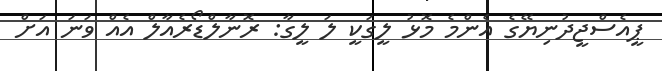
ޕީއެސްޖީދުނިޔޭގެ އެންމެ މޮޅު ލީގަކީ ލަ ލީގާ: ރޮނާލްޑޯރެއާލް އެއް ވަނަ އަށް